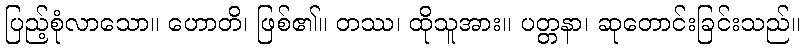
ပြည့်စုံလာသော။ ဟောတိ၊ ဖြစ်၏။ တဿ၊ ထိုသူအား။ ပတ္တနာ၊ ဆုတောင်းခြင်းသည်။